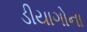
ડીયાગોના